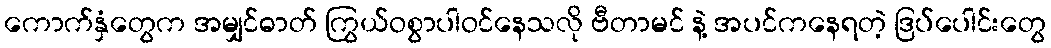
ကောက်နှံတွေက အမျှင်ဓာတ် ကြွယ်ဝစွာပါဝင်နေသလို ဗီတာမင် နဲ့ အပင်ကနေရတဲ့ ဒြပ်ပေါင်းတွေ